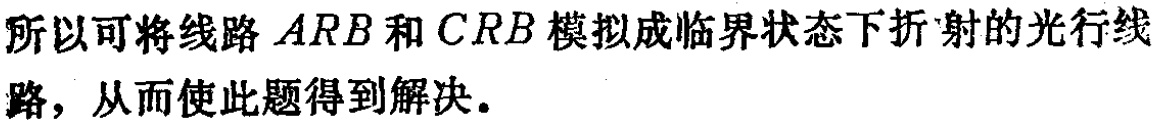
所以可将线路 \(ARB\) 和 \(CRB\) 模拟成临界状态下折射的光行线路，从而使此题得到解决。